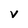
Character: v